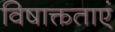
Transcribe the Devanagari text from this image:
विषाक्तताएं